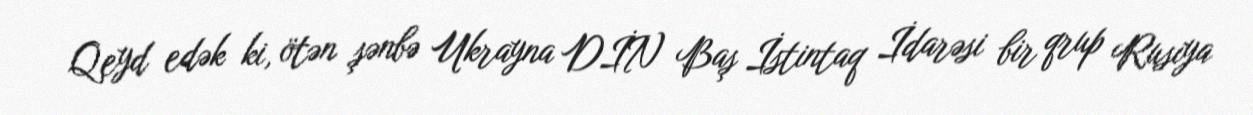
Qeyd edək ki, ötən şənbə Ukrayna DİN Baş İstintaq İdarəsi bir qrup Rusiya